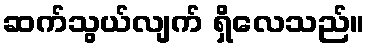
ဆက်သွယ်လျက် ရှိလေသည်။